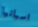
اسبانيا